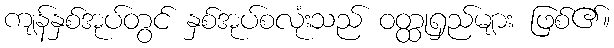
ကျန်နှစ်အုပ်တွင် နှစ်အုပ်စလုံးသည် ဝတ္ထုရှည်များ ဖြစ်၏။